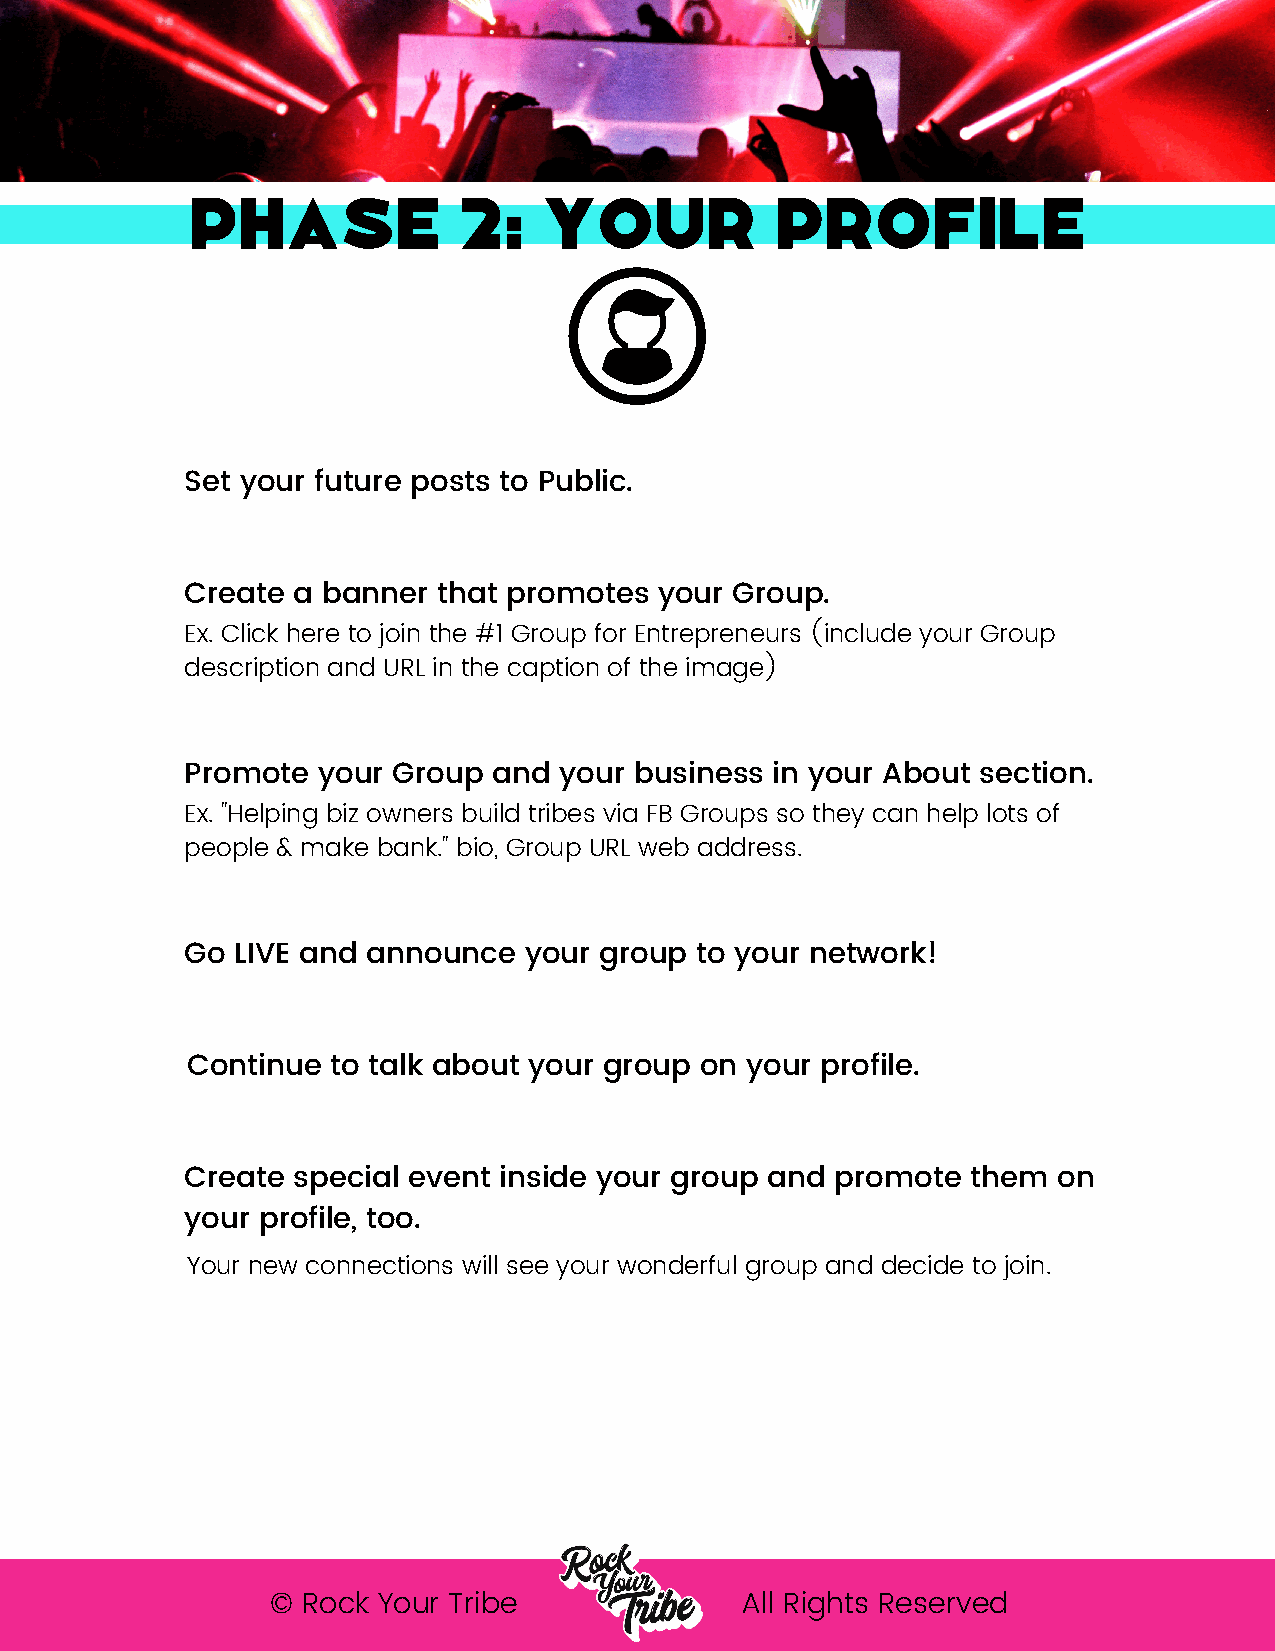
Phase            2:    your           profile
 Set your future posts to Public.
 Create a banner  that promotes  your Group.
 Ex. Click here to join the #1 Group for Entrepreneurs (include your Group
 description and URL in the caption of the image)
 Promote  your Group  and your business in your About section.
 Ex. "Helping biz owners build tribes via FB Groups so they can help lots of
 people & make bank." bio, Group URL web address.
 Go  LIVE and announce  your group to your network!
 Continue  to talk about your group on your profile.
 Create special event inside your group and promote  them  on
 your profile, too.
 Your new connections will see your wonderful group and decide to join.
 © Rock Your Tribe              All Rights Reserved